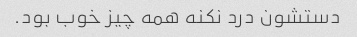
دستشون درد نکنه همه چیز خوب بود.